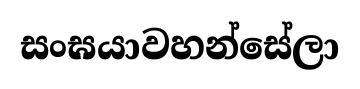
සංඝයාවහන්සේලා